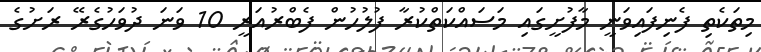
މިތަކެތި ފެނިފައިވަނީ މާފުށީގައި މަސައްކަތްކުރާ ފުލުހުން ފެބްރުއަރީ 10 ވަނަ ދުވަހުގެރޭ ރަށުގެ